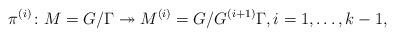
LaTeX: \begin{align*} \pi^{(i)} \colon M=G/\Gamma \twoheadrightarrow M^{(i)}=G/G^{(i+1)}\Gamma, i=1,\dots,k-1,\end{align*}